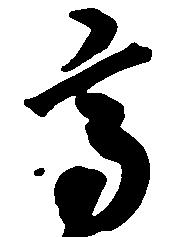
高